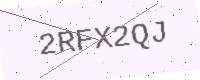
Text: 2RFX2QJ